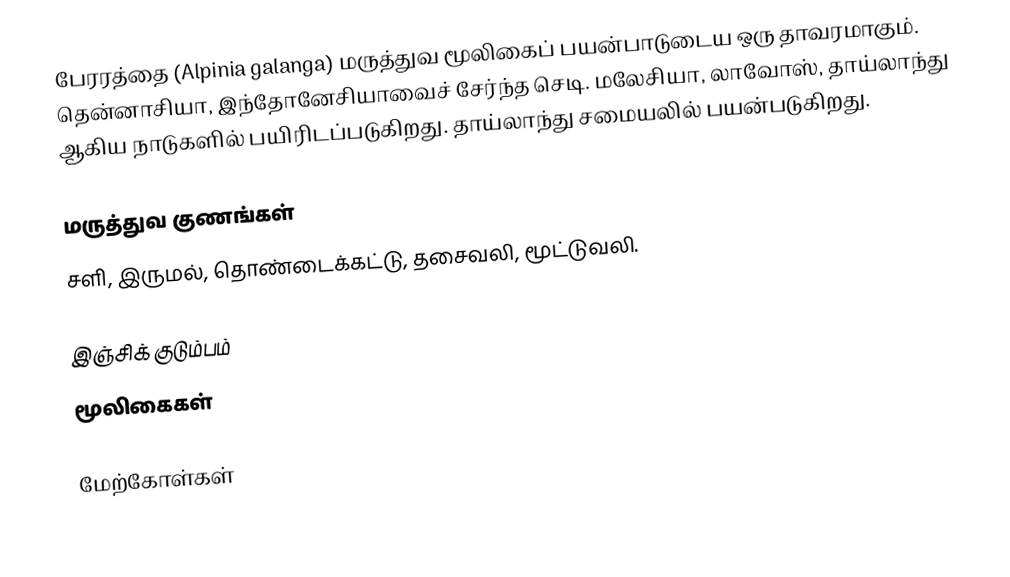
பேரரத்தை (Alpinia galanga) மருத்துவ மூலிகைப் பயன்பாடுடைய ஒரு தாவரமாகும். தென்னாசியா, இந்தோனேசியாவைச் சேர்ந்த செடி. மலேசியா, லாவோஸ், தாய்லாந்து ஆகிய நாடுகளில் பயிரிடப்படுகிறது. தாய்லாந்து சமையலில் பயன்படுகிறது.

மருத்துவ குணங்கள்
சளி, இருமல், தொண்டைக்கட்டு, தசைவலி, மூட்டுவலி.

இஞ்சிக் குடும்பம்
மூலிகைகள்

மேற்கோள்கள்